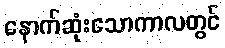
နောက်ဆုံးသောကာလတွင်